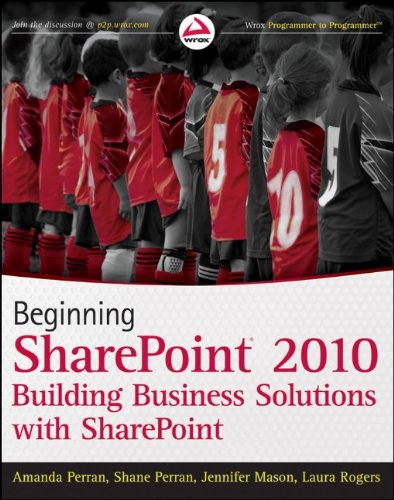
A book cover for Beginning SharePoint 2010: Building Business Solutions with SharePoint; Amanda Perran; Computers & Technology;